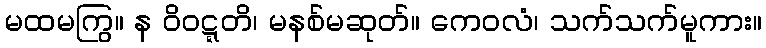
မထမကြွ။ န ဝိဝဋ္ဋတိ၊ မနစ်မဆုတ်။ ကေဝလံ၊ သက်သက်မူကား။